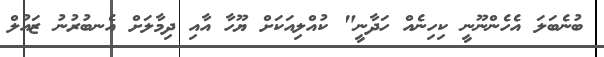
ބުނެބަލަ އެހެންނޫނީ ކިހިނެއް ހަދާނީ" ކުއްލިއަކަށް ޔޫހާ އާއި ދިމާލަށް އެނބުރުނު ޒައުލް